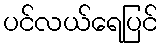
ပင်လယ်ရေပြင်